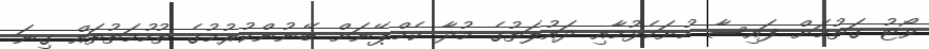
ވޯޓު ގަތުމަށް ފައިސާ ހުށަހެޅުމާއި ދައުލަތުގެ މުދާ ކެމްޕޭނަށް ބޭނުންކުރުމުގެ ތުހުމަތުތައް ގިނަ